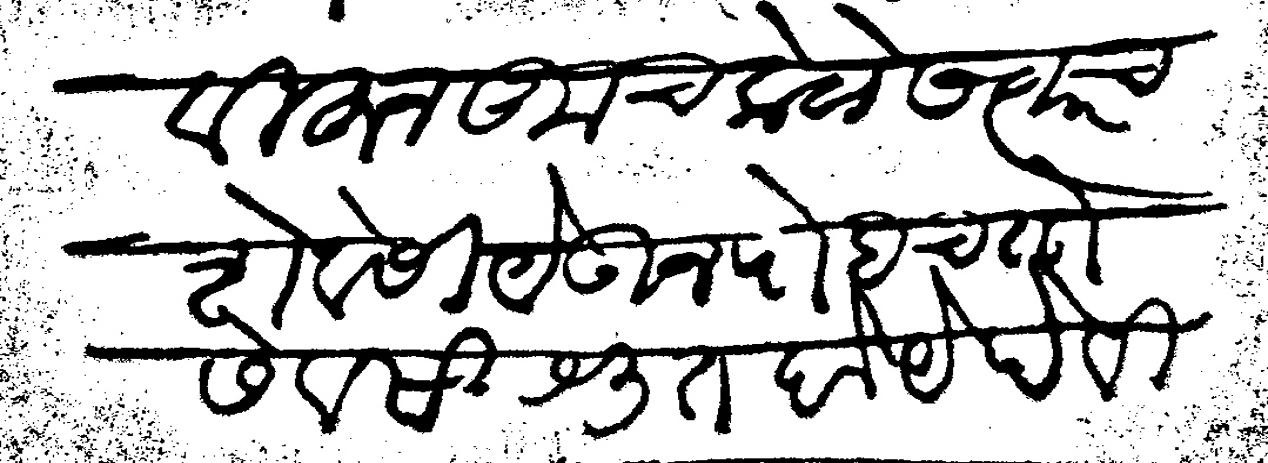
Transliteration (Devanagari): वीहून कूच केळे सत्वरच शेवेसी येऊन पोहचतो सेवसी श्रुत होये हे विज्ञ: